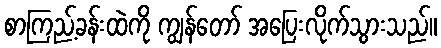
စာကြည့်ခန်းထဲကို ကျွန်တော် အပြေးလိုက်သွားသည်။